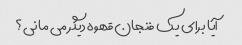
آیا برای یک فنجان قهوه دیگر می مانی؟